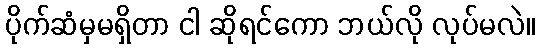
ပိုက်ဆံမှမရှိတာ ငါ ဆိုရင်ကော ဘယ်လို လုပ်မလဲ။